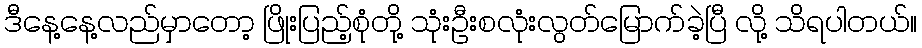
ဒီနေ့နေ့လည်မှာတော့ ဖြိုးပြည့်စုံတို့ သုံးဦးစလုံးလွတ်မြောက်ခဲ့ပြီ လို့ သိရပါတယ်။